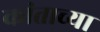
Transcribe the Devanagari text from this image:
कांताच्या